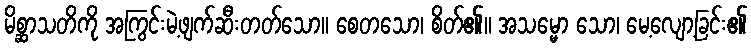
မိစ္ဆာသတိကို အကြွင်းမဲ့ဖျက်ဆီးတတ်သော။ စေတသော၊ စိတ်၏။ အသမ္မော သော၊ မေ့လျော့ခြင်း၏